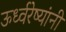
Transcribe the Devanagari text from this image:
ऊर्ध्वरेष्यांनी